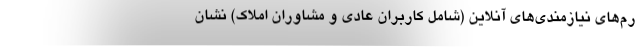
رم‌های نیازمندی‌های آنلاین (شامل کاربران عادی و مشاوران املاک) نشان